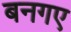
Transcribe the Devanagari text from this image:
बनगए